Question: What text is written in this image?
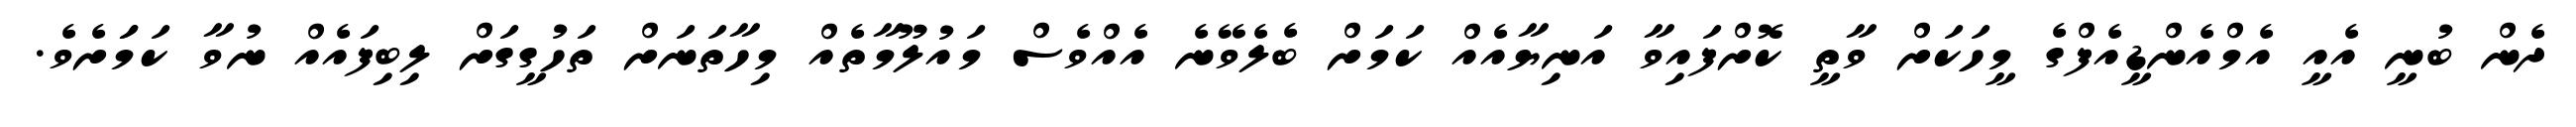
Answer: ދެން ބުނީ އެއީ އެމްއެންޑީއެފްގެ މީހަކަށް ވާތީ ކޮށްފައިވާ އަނިޔާއެއް ކަމަށް ބެލެވޭނެ އެއްވެސް މައުލޫމާތެއް މިހާތަނަށް ތަހުގީގަށް ލިބިފައެއް ނުވާ ކަމަަށެވެ.